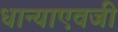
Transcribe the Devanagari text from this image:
धान्याएवजी